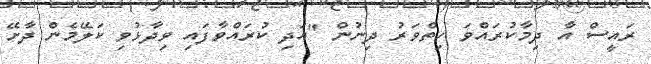
ރައީސް އާ ދިމާކުރައްވަ ހިތްވަރު ދިނުން "އަދި ކުރައްވާފައި ވިދާޅުވި ކަލޭމެން ދާށޭ